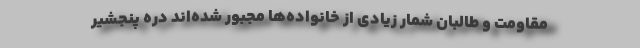
مقاومت و طالبان شمار زیادی از خانواده‌ها مجبور شده‌اند دره پنجشیر